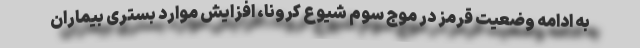
به ادامه وضعیت قرمز در موج سوم شیوع کرونا، افزایش موارد بستری بیماران